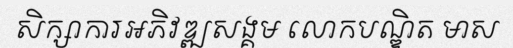
សិក្សាការអភិវឌ្ឍសង្គម លោកបណ្ឌិត មាស